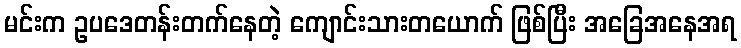
မင်းက ဥပဒေတန်းတက်နေတဲ့ ကျောင်းသားတယောက် ဖြစ်ပြီး အခြေအနေအရ